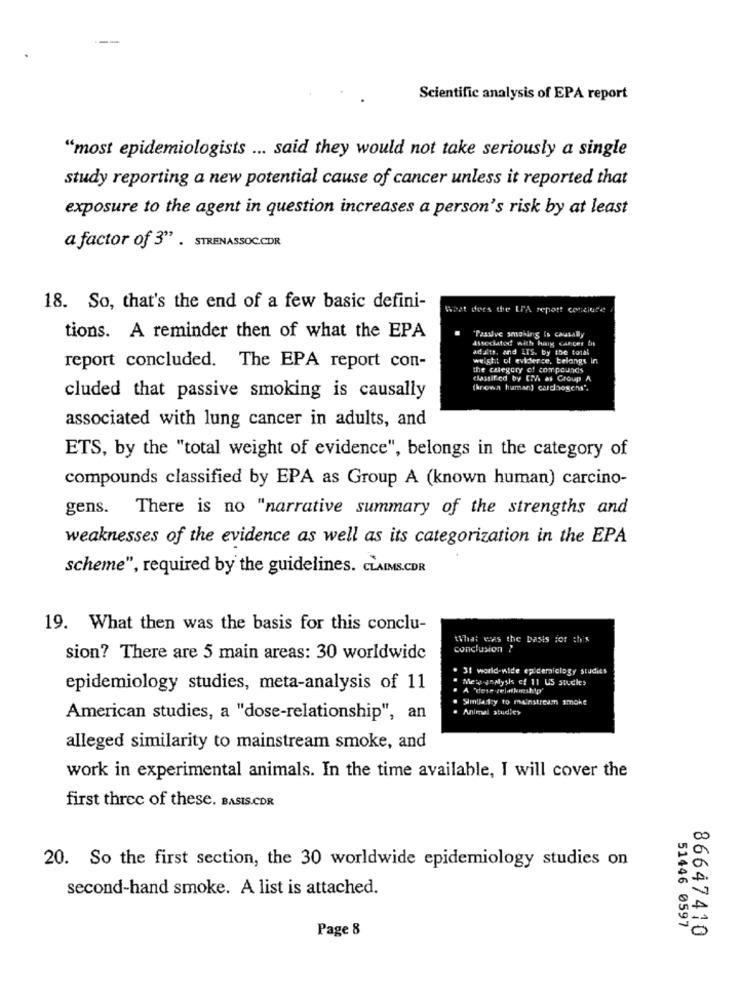
Scientific analysis of EPA report
"most epidemiologists ... said they would not take seriously a single
study reporting a new potential cause of cancer unless it reported that
exposure to the agent in question increases a person's risk by at least
a factor of 3"" . STRENASSOC.CDR
18. So, that's the end of a few basic defini-
What does the LA report conciute
tions. A reminder then of what the EPA
"Passive smohing Is causally
associated with haig cances In
adalto, and ATS. by the total
weight of evidence, belangs in
report concluded. The EPA report con-
the category of compounds
classified by [PA as Croup A
(brown human) carcinogens'.
cluded that passive smoking is causally
associated with lung cancer in adults, and
ETS, by the "total weight of evidence", belongs in the category of
compounds classified by EPA as Group A (known human) carcino-
gens. There is no "narrative summary of the strengths and
weaknesses of the evidence as well as its categorization in the EPA
scheme", required by the guidelines. CLAIMS.CDR
19. What then was the basis for this conclu-
What was the basis for this
conclusion ?
sion? There are 5 main areas: 30 worldwide
. 31 world-wide epidemiology studies
" Meta-analysis of 11 US studies
epidemiology studies, meta-analysis of 11
" A "dese velatkemship'
. Similarly to mainstream smoke
. Animal studier
American studies, a "dose-relationship", an
alleged similarity to mainstream smoke, and
work in experimental animals. In the time available, I will cover the
first three of these. BASIS.CDR
20. So the first section, the 30 worldwide epidemiology studies on
second-hand smoke. A list is attached.
Page 8
51446 0597
86647410